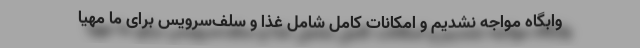
وابگاه مواجه نشدیم و امکانات کامل شامل غذا و سلف‌سرویس برای ما مهیا